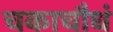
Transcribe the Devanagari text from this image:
चकाचौधं